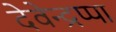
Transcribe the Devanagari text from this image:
देवेन्द्रप्पा